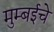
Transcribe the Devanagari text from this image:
मुम्बईचे